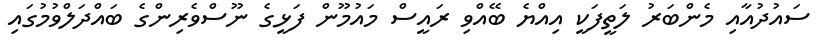
ސައުދުއާއި މެންބަރު ލަތީފަކީ އިއްޔެ ބޭއްވި ރައީސް މައުމޫން ފަޅީގެ ނޫސްވެރިންގެެ ބައްދަލްވުމުގައި